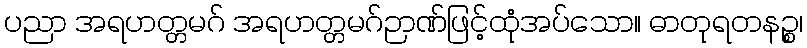
ပညာ အရဟတ္တမဂ် အရဟတ္တမဂ်ဉာဏ်ဖြင့်ထုံအပ်သော။ ဓာတုရတနဉ္စ၊